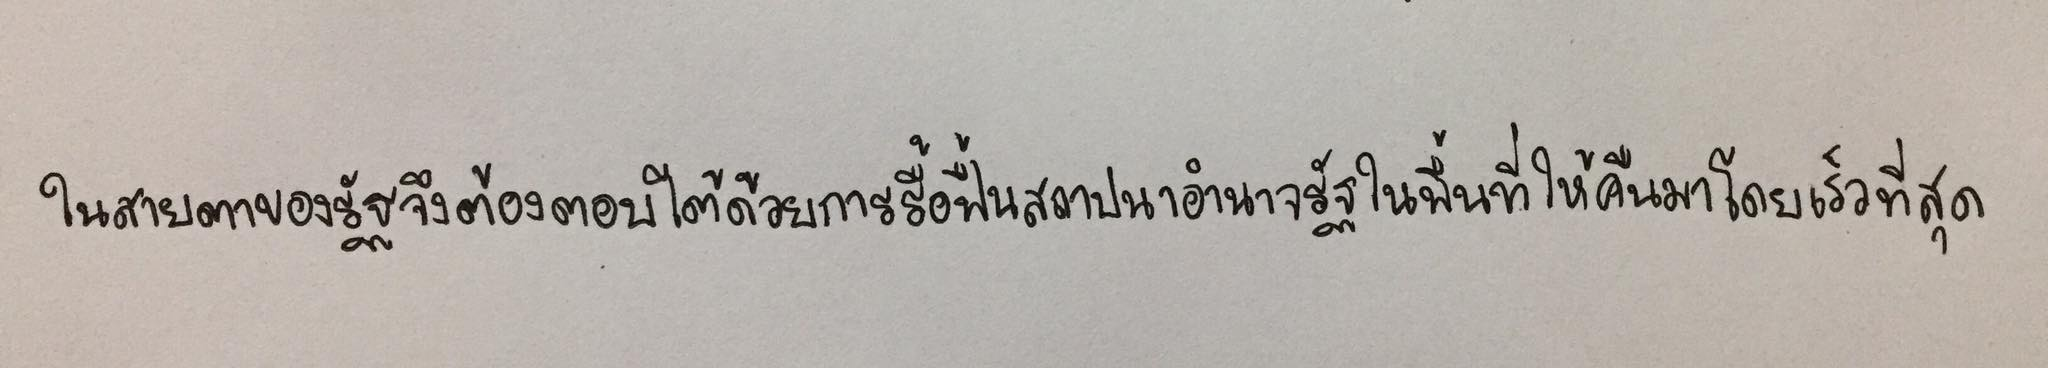
ในสายตาของรัฐจึงต้องตอบโต้ด้วยการรื้อฟื้นสถาปนาอำนาจรัฐในพื้นที่ให้คืนมาโดยเร็วที่สุด